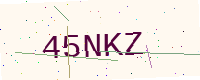
Text: 45NKZ